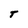
Character: T